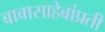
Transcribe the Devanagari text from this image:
बाबासाहेबांप्रती